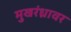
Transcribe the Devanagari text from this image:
मुखरंध्रावर